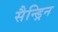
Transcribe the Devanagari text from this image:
सैन्ड्रिन